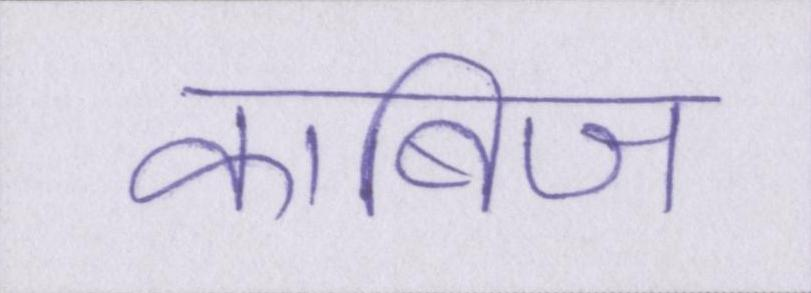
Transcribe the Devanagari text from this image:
काबिज